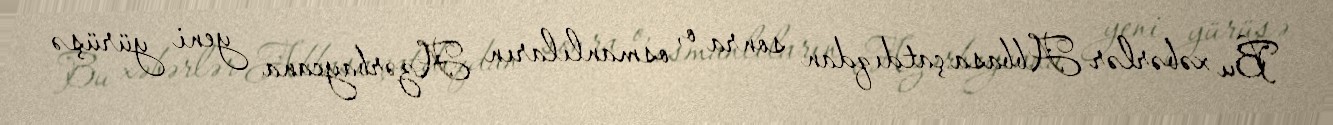
Bu xəbərlər Abbasa çatdıqdan sonra o, osmanlıların Azərbaycana yeni yürüşə